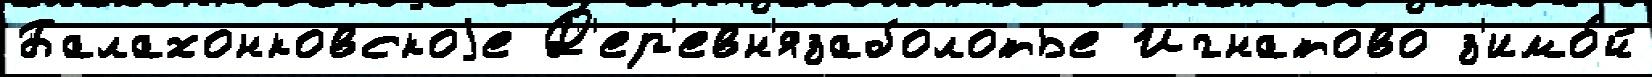
Балахонковскоjе Д'ер'евн'язаболотье Игнатово з'имо́й